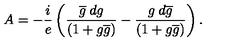
A = - \frac { i } { e } \left( \frac { \overline { { g } } \: d g } { ( 1 + g \overline { { g } } ) } - \frac { g \: d \overline { { g } } } { ( 1 + g \overline { { g } } ) } \right) .